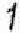
1